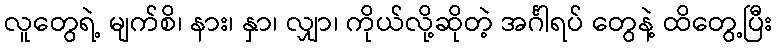
လူတွေရဲ့ မျက်စိ၊ နား၊ နှာ၊ လျှာ၊ ကိုယ်လို့ဆိုတဲ့ အင်္ဂါရပ် တွေနဲ့ ထိတွေ့ပြီး